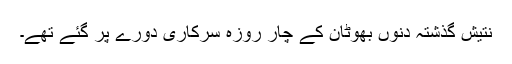
نتیش گذشتہ دنوں بھوٹان کے چار روزہ سرکاری دورے پر گئے تھے۔